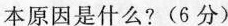
本原因是什么?(6分)